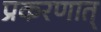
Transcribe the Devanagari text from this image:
प्रकरणात्‌